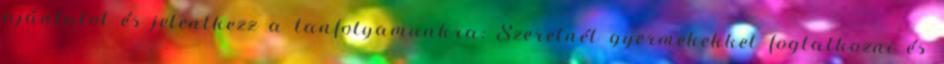
ajánlatot és jelentkezz a tanfolyamunkra: Szeretnél gyermekekkel foglalkozni és